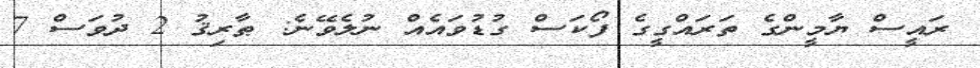
ރައީސް ޔާމީންގެ ތަރައްގީގެ ފޯކަސް ގުޑުވައެއް ނުލެވޭނެ: ޠާރިޤު 2 ދުވަސް 7